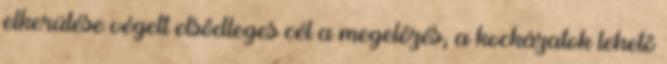
elkerülése végett elsődleges cél a megelőzés, a kockázatok lehető